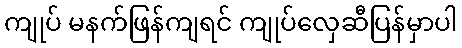
ကျုပ် မနက်ဖြန်ကျရင် ကျုပ်လှေဆီပြန်မှာပါ